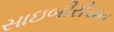
સાઇબીરીયન